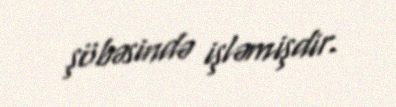
şöbəsində işləmişdir.